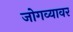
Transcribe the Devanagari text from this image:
जोगव्यावर